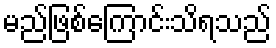
မည်ဖြစ်ကြောင်းသိရသည်